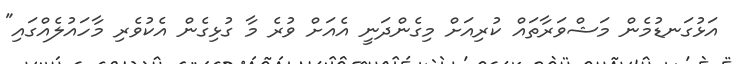
އަޅުގަނޑުމެން މަޝްވަރާތައް ކުރިއަށް މިގެންދަނީ އެއަށް ވުރެ މާ ގުޅިގެން އެކުވެރި މާހައުލެއްގައި"